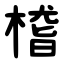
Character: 㮷